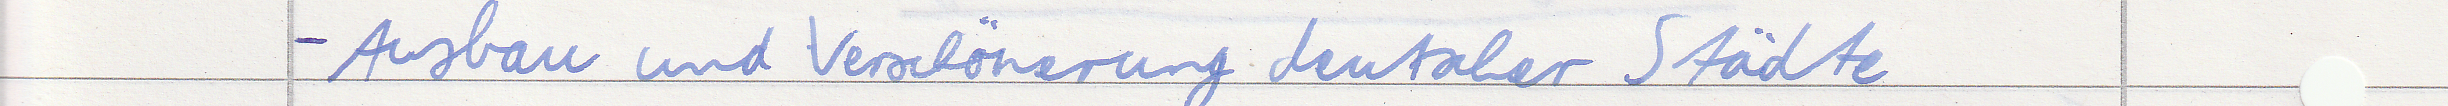
- Ausbau und Verschönerung deutscher Städte